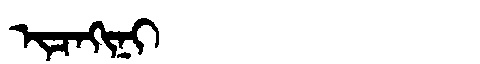
Manchu: ᡳᠴᠠᡴᡳᠨᡳ
Romanization: ICAKINI